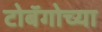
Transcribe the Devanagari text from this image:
टोबॅगोच्या